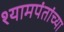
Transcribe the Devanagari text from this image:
श्यामपंतांच्या